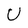
Character: U